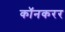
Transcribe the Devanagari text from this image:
कॉनकरर